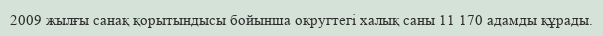
2009 жылғы санақ қорытындысы бойынша округтегі халық саны 11 170 адамды құрады.